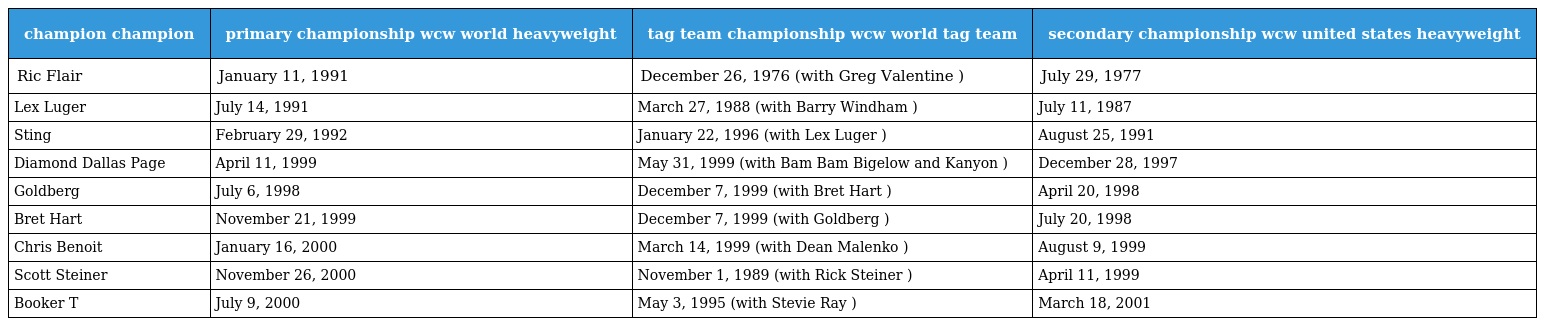
| champion champion | primary championship wcw world heavyweight | tag team championship wcw world tag team | secondary championship wcw united states heavyweight |
 | --- | --- | --- | --- |
 | Ric Flair | January 11, 1991 | December 26, 1976 (with Greg Valentine ) | July 29, 1977 |
 | Lex Luger | July 14, 1991 | March 27, 1988 (with Barry Windham ) | July 11, 1987 |
 | Sting | February 29, 1992 | January 22, 1996 (with Lex Luger ) | August 25, 1991 |
 | Diamond Dallas Page | April 11, 1999 | May 31, 1999 (with Bam Bam Bigelow and Kanyon ) | December 28, 1997 |
 | Goldberg | July 6, 1998 | December 7, 1999 (with Bret Hart ) | April 20, 1998 |
 | Bret Hart | November 21, 1999 | December 7, 1999 (with Goldberg ) | July 20, 1998 |
 | Chris Benoit | January 16, 2000 | March 14, 1999 (with Dean Malenko ) | August 9, 1999 |
 | Scott Steiner | November 26, 2000 | November 1, 1989 (with Rick Steiner ) | April 11, 1999 |
 | Booker T | July 9, 2000 | May 3, 1995 (with Stevie Ray ) | March 18, 2001 |